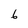
Character: 6